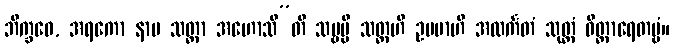
ဘိက္ခဝေ, အရကော နာမ သတ္ထာ အဟောသီ”တိ သဗ္ဗမ္ပိ သတ္တဟိ ဥပမာဟိ အလင်္ကတံ သုတ္တံ ဝိတ္ထာရေတဗ္ဗံ။